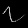
Digit: ၇